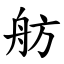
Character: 舫